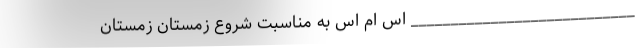
____________________________ اس ام اس به مناسبت شروع زمستان زمستان